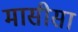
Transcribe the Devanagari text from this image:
मासीसा